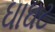
ઘાઘટ